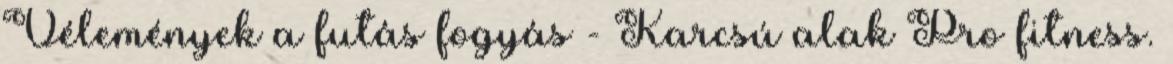
Vélemények a futás fogyás - Karcsú alak Pro fitness.